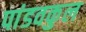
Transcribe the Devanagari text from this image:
पांडवकुल